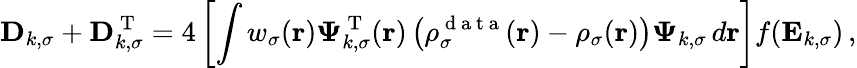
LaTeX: \mathbf{D}_{k,\sigma}+\mathbf{D}_{k,\sigma}^{\mathrm{~T~}}=4\left[\int w_{\sigma}(\boldsymbol{\textbf{r}})\boldsymbol{\Psi}_{k,\sigma}^{\mathrm{~T~}}(\boldsymbol{\textbf{r}})\left(\rho_{\sigma}^{\mathrm{~d~a~t~a~}}(\boldsymbol{\textbf{r}})-\rho_{\sigma}(\boldsymbol{\textbf{r}})\right)\boldsymbol{\Psi}_{k,\sigma}\, d\boldsymbol{\textbf{r}}\right]f(\mathbf{E}_{k,\sigma})\, ,